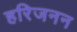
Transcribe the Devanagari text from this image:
हरिजनन